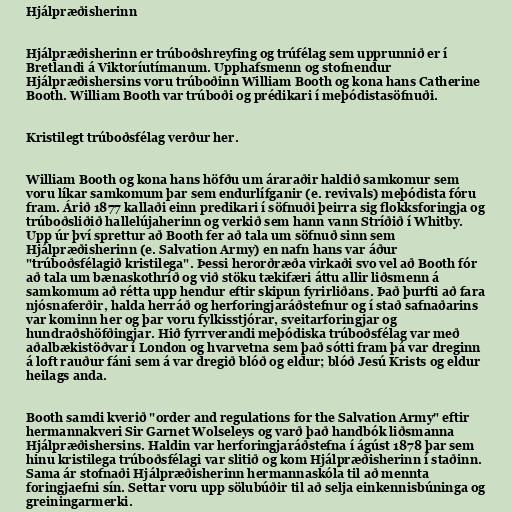
Hjálpræðisherinn

Hjálpræðisherinn er trúboðshreyfing og trúfélag sem upprunnið er í
Bretlandi á Viktoríutímanum. Upphafsmenn og stofnendur
Hjálpræðishersins voru trúboðinn William Booth og kona hans Catherine
Booth. William Booth var trúboði og prédikari í meþódistasöfnuði.

Kristilegt trúboðsfélag verður her.

William Booth og kona hans höfðu um áraraðir haldið samkomur sem
voru líkar samkomum þar sem endurlífganir (e. revivals) meþódista fóru
fram. Árið 1877 kallaði einn predikari í söfnuði þeirra sig flokksforingja og
trúboðsliðið hallelújaherinn og verkið sem hann vann Stríðið í Whitby.
Upp úr því sprettur að Booth fer að tala um söfnuð sinn sem
Hjálpræðisherinn (e. Salvation Army) en nafn hans var áður
"trúboðsfélagið kristilega". Þessi herorðræða virkaði svo vel að Booth fór
að tala um bænaskothríð og við stöku tækifæri áttu allir liðsmenn á
samkomum að rétta upp hendur eftir skipun fyrirliðans. Það þurfti að fara
njósnaferðir, halda herráð og herforingjaráðstefnur og í stað safnaðarins
var kominn her og þar voru fylkisstjórar, sveitarforingjar og
hundraðshöfðingjar. Hið fyrrverandi meþódiska trúboðsfélag var með
aðalbækistöðvar í London og hvarvetna sem það sótti fram þá var dreginn
á loft rauður fáni sem á var dregið blóð og eldur; blóð Jesú Krists og eldur
heilags anda.

Booth samdi kverið "order and regulations for the Salvation Army" eftir
hermannakveri Sir Garnet Wolseleys og varð það handbók liðsmanna
Hjálpræðishersins. Haldin var herforingjaráðstefna í ágúst 1878 þar sem
hinu kristilega trúboðsfélagi var slitið og kom Hjálpræðisherinn í staðinn.
Sama ár stofnaði Hjálpræðisherinn hermannaskóla til að mennta
foringjaefni sín. Settar voru upp sölubúðir til að selja einkennisbúninga og
greiningarmerki.